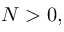
N > 0 ,